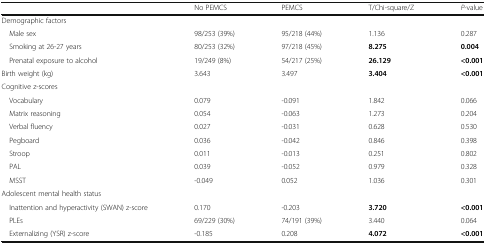
|  | No PEMCS | PEMCS | T/Chi-square/Z | P-value |
 | --- | --- | --- | --- | --- |
 | <COLSPAN=5> Demographic factors |
 | Male sex | 98/253 (39%) | 95/218 (44%) | 1.136 | 0.287 |
 | Smoking at 26-27 years | 80/253 (32%) | 97/218 (45%) | 8.275 | 0.004 |
 | Prenatal exposure to alcohol | 19/249 (8%) | 54/217 (25%) | 26.129 | <0.001 |
 | Birth weight (kg) | 3.643 | 3.497 | 3.404 | <0.001 |
 | <COLSPAN=5> Cognitive z-scores |
 | Vocabulary | 0.079 | -0.091 | 1.842 | 0.066 |
 | Matrix reasoning | 0.054 | -0.063 | 1.273 | 0.204 |
 | Verbal fluency | 0.027 | -0.031 | 0.628 | 0.530 |
 | Pegboard | 0.036 | -0.042 | 0.846 | 0.398 |
 | Stroop | 0.011 | -0.013 | 0.251 | 0.802 |
 | PAL | 0.039 | -0.052 | 0.979 | 0.328 |
 | MSST | -0.049 | 0.052 | 1.036 | 0.301 |
 | <COLSPAN=5> Adolescent mental health status |
 | Inattention and hyperactivity (SWAN) z-score | 0.170 | -0.203 | 3.720 | <0.001 |
 | PLEs | 69/229 (30%) | 74/191 (39%) | 3.440 | 0.064 |
 | Externalizing (YSR) z-score | -0.185 | 0.208 | 4.072 | <0.001 |